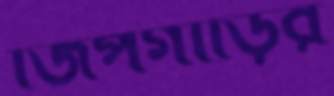
জিপগাড়ির